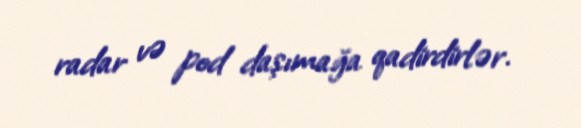
radar və pod daşımağa qadirdirlər.